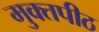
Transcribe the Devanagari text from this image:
मुक्‍तपीठ